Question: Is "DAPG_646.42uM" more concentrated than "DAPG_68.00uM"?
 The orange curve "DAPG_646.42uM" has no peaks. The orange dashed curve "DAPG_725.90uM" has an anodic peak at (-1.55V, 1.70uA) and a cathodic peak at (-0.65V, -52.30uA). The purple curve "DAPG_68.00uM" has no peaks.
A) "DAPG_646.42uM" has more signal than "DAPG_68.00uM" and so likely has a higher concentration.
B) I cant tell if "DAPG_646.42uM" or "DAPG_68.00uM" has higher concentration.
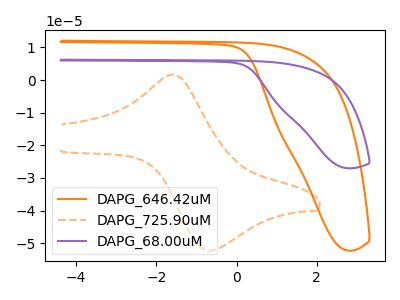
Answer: <think>Neither "DAPG_646.42uM" or "DAPG_68.00uM" have any peaks.
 </think>
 <answer>B) I cant tell if "DAPG_646.42uM" or "DAPG_68.00uM" has higher concentration.</answer>
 <eval>B</eval>